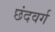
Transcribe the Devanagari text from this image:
छंदवर्ग